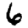
Digit: 6